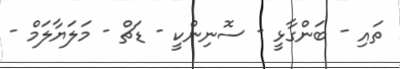
ތައި - ބަންގާޅީ - ސޮނިންކީ - ޑަޗް - މަލަޔާލަމް -